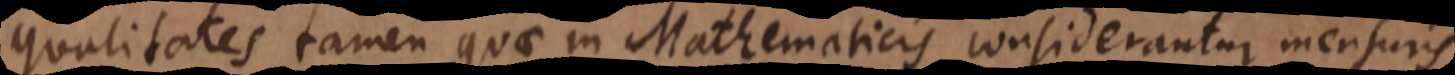
qualitates tamen quae in Mathematicis considerantur, mensuris